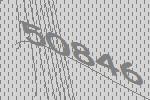
50846